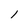
Character: 1